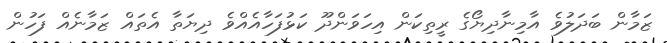
ޒަމާން ބަދަލުވެ އާމިނާދިޔޯގެ ރީތިކަން އިހަވަންދޫ ކަޅުފަހާއެއްވެ ދިޔަތާ އެތައް ޒަމާނެއް ފަހުން